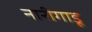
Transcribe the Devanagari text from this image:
नारीगाडू